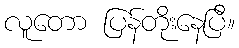
လူတော ပြန်တိုးနေပြီ။